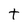
Character: t